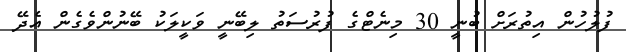
ފުލުހުން އިތުރަށް ބުނީ 30 މިނެޓްގެ ފުރުސަތު ލިބޭނީ ވަކީލަކު ބޭނުންވެގެން އެދޭ